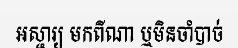
អស្ចារ្យ មកពីណា ឬមិនចាំបាច់